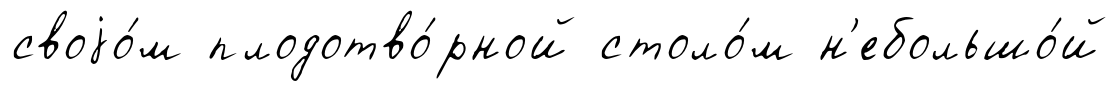
своjо́м плодотво́рной столо́м н'ебольшо́й